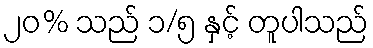
၂၀% သည် ၁/၅ နှင့် တူပါသည်